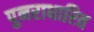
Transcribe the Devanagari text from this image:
पुनराधारित